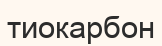
тиокарбон